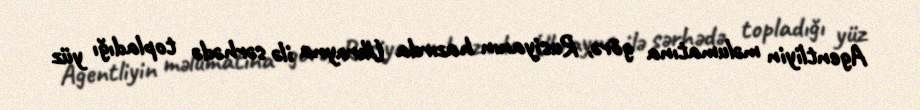
Agentliyin məlumatına görə, Rusiyanın hazırda Ukrayna ilə sərhədə topladığı yüz